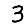
Digit: 3